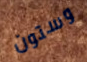
وستون